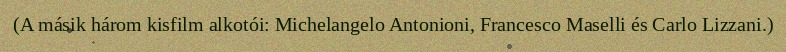
(A másik három kisfilm alkotói: Michelangelo Antonioni, Francesco Maselli és Carlo Lizzani.)